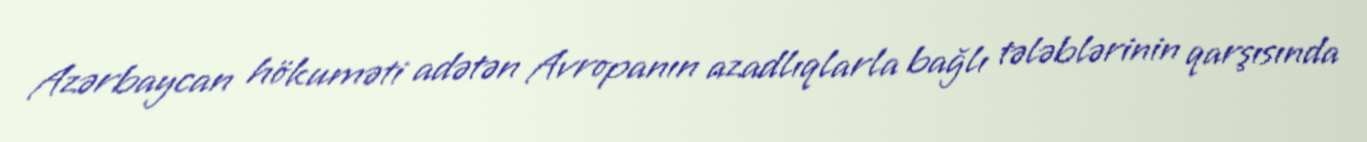
Azərbaycan hökuməti adətən Avropanın azadlıqlarla bağlı tələblərinin qarşısında